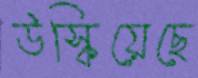
উস্‌কিয়েছে